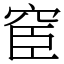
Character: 䆠